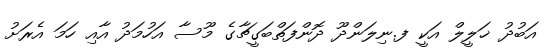
އަބުދު ޚަލީލް އަކީ ފ.ނިލަންދޫ ދޮންފަތްބަގީޗާގެ މޫސާ އަހުމަދު އާއި ހަމަ އެރަށު